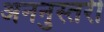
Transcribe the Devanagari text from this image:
अननुस्तरी